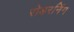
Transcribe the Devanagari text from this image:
रोडरनिंग